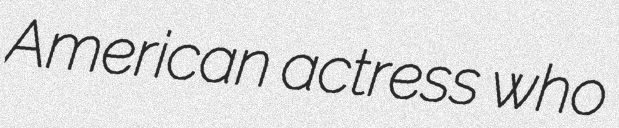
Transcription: American actress who